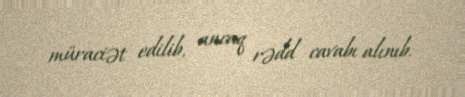
müraciət edilib, ancaq rədd cavabı alınıb.